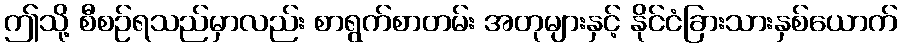
ဤသို့ စီစဉ်ရသည်မှာလည်း စာရွက်စာတမ်း အတုများနှင့် နိုင်ငံခြားသားနှစ်ယောက်